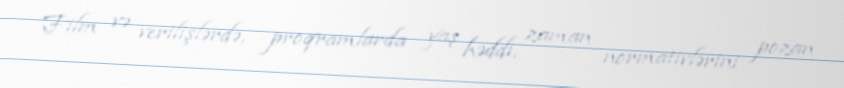
Film və verilişlərdə, proqramlarda yaş həddi, zaman normativlərini pozan